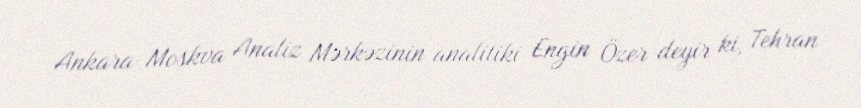
Ankara-Moskva Analiz Mərkəzinin analitiki Engin Özer deyir ki, Tehran